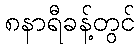
၈နာရီခန့်တွင်